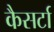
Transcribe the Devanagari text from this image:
कैसर्टा